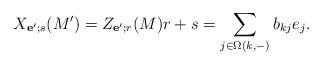
LaTeX: \begin{align*}X_{\mathbf e';s}(M') = Z_{\mathbf e'; r}(M)r + s = \sum_{j\in \Omega(k,-)} b_{kj}e_j. \end{align*}